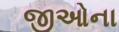
જીઓના